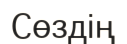
Сөздің